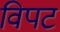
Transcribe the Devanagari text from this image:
विपट